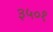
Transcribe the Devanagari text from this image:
३५०१